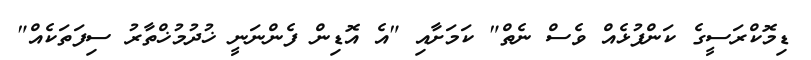
ޑިމޮކްރަސީގެ ކަންފުޅެއް ވެސް ނެތް" ކަމަށާއި "އެ އޮޑިން ފެންނަނީ ޚުދުމުޚްތާރު ސިފަތަކެއް"